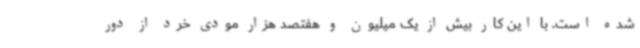
شده است. با این کار بیش از یک‌ میلیون و هفتصد هزار مودی خرد از دور